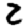
Digit: 2